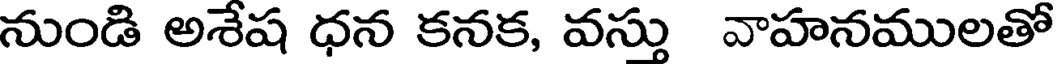
నుండి అశేష ధన కనక, వస్తు వాహనములతో